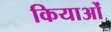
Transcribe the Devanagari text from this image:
कियाओं